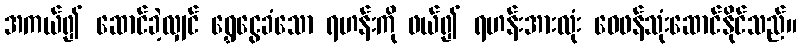
အကယ်၍ ဆောင်ခဲ့လျှင် ရွှေငွေခံသော ရဟန်းကို ဖယ်၍ ရဟန်းအားလုံး ဝေဖန်သုံးဆောင်နိုင်သည်။